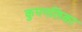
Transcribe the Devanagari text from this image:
कुपनलिका